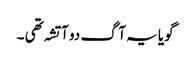
گویا یہ آگ دو آتشہ تھی ۔